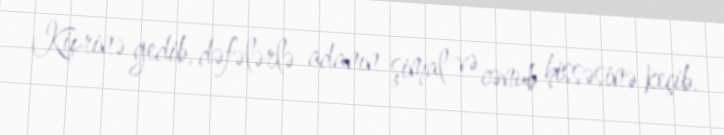
Kiprinə gedib, dəfələrlə adanın şimal və cənub hissəsinə keçib.